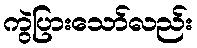
ကွဲပြားသော်လည်း